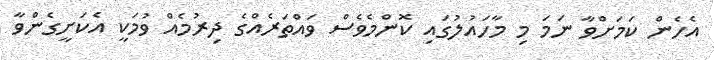
އެހެން ކަމަށްވާ ނަމަ މި މާހައުލުގައި ކޮންމެވެސް ވައްތަރެއްގެ ދިރުމެއް ވުމަކީ އެކަށީގެންވާ